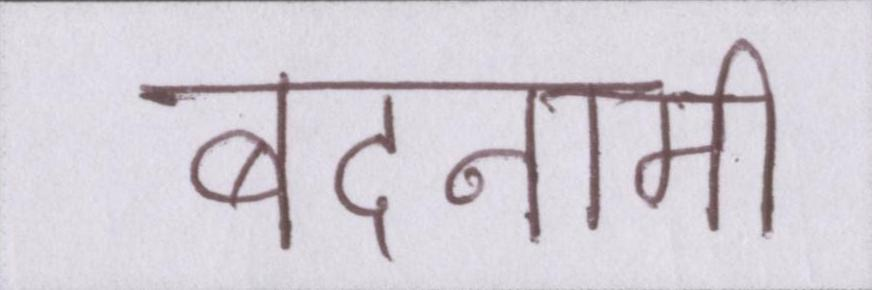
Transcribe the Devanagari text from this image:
बदनामी